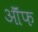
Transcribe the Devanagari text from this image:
ऑॅफ